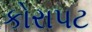
કોરાપટ